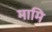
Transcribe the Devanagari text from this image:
मामि